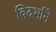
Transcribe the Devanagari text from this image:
विदर्भाने